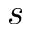
s